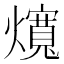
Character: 𰟲